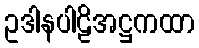
ဥဒါနပါဠိအဋ္ဌကထာ